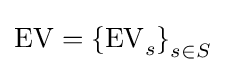
\mathrm {EV} ={\mathrm {\{EV} _{s}\}}_{s\in S}